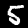
Digit: 5